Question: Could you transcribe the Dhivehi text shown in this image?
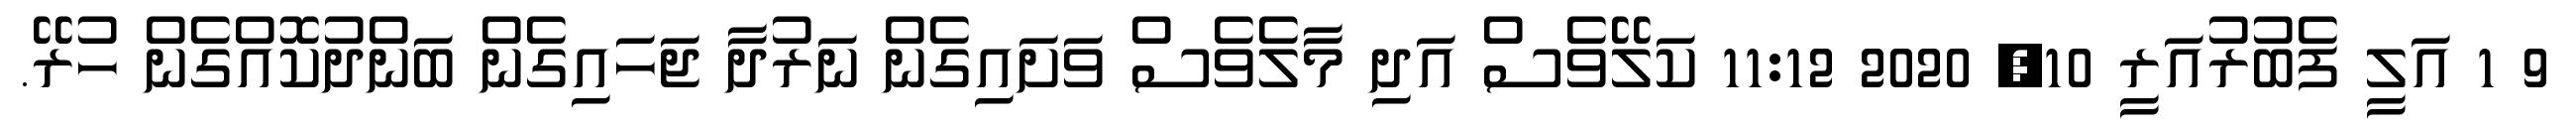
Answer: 9 1 އަލީ ފެބުރުއަރީ 10, 2020 11:12 ކަލޭވެސް އަދި މާލެވެސް ވަށައިގެން ނަރުދާ ޖަހައިގެން ބަންދުކޮއްގެން ހުރޭ.